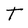
Character: T